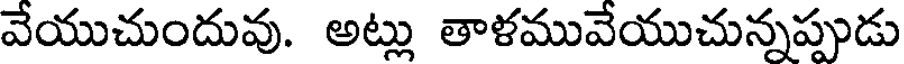
వేయుచుందువు. అట్లు తాళమువేయుచున్నప్పుడు